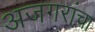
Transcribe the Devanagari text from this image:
अजगरांचा